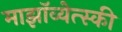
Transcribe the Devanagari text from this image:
माझॉव्येत्स्की